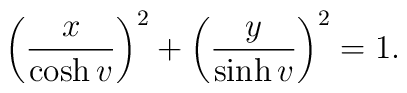
\left( \frac x{\cosh v}\right) ^2+\left( \frac y{\sinh v}\right) ^2=1.